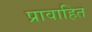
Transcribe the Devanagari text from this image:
प्रावाहित